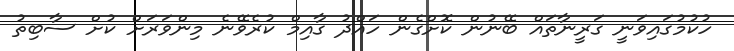
ހުުކުމުގައިވަނީ ގަރީނާތައް ބޭނުން ކޮށްގެން ހައްދު ގާއިމް ކުރެވޭނެ މިންވަރަށް ކުށް ސާބިތު